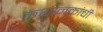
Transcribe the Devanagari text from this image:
कथानकांची